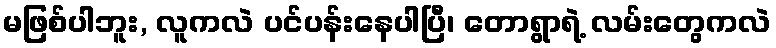
မဖြစ်ပါဘူး, လူကလဲ ပင်ပန်းနေပါပြီ၊ တောရွာရဲ့ လမ်းတွေကလဲ